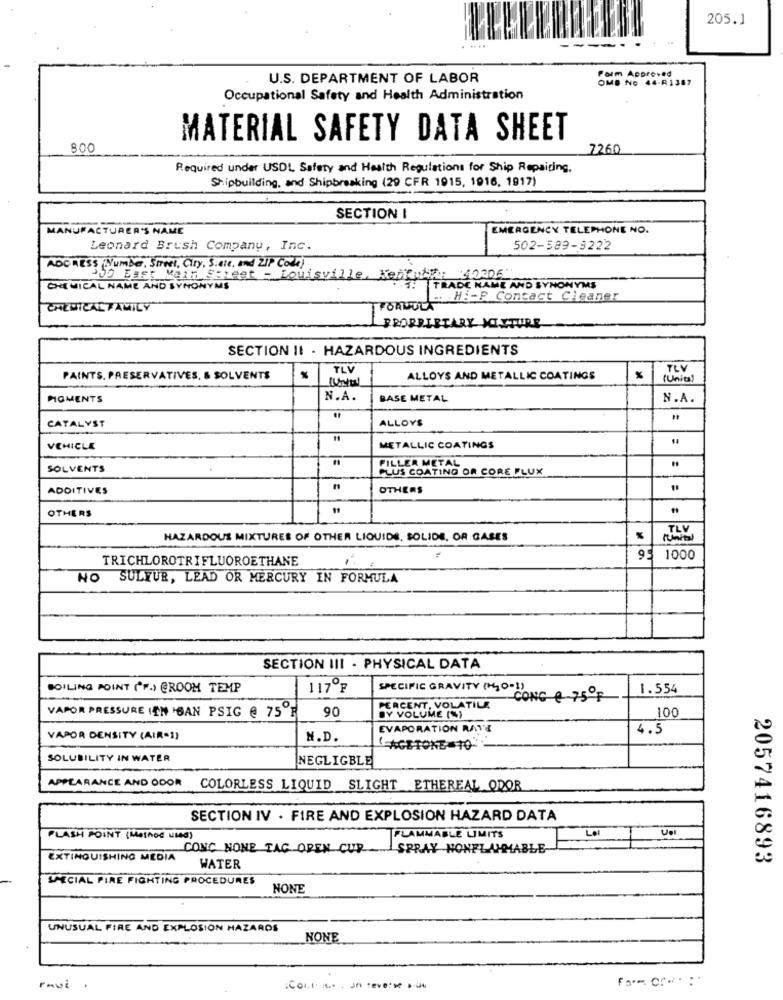
205.1
Form Approved
U.S. DEPARTMENT OF LABOR
OMB NO 44-R1387
Occupational Safety and Health Administration
MATERIAL SAFETY DATA SHEET
800
7260
Required under USDL Safety and Health Regulations for Ship Repairing.
Shipbuilding, and Shipbreaking (29 CFR 1915, 1916, 1917)
SECTION I
MANUFACTURER'S NAME
EMERGENCY TELEPHONE NO.
Leonard Brush Company, Inc.
502-589-8222
ADDRESS (Numbe, Street, Ciry, S.ale, and ZIP Code)
200 East Main Street - Louisville, KepRuby: 40206
CHEMICAL NAME AND SYNONYMS
TRADE NAME AND SYNONYMS
.. . Hi-P Contact Cleaner
CHEMICAL FAMILY
FORMULA
PROPRIETARY MIXTURE
SECTION II - HAZARDOUS INGREDIENTS
TLV
TLV
PAINTS. PRESERVATIVES, & SOLVENTS
ALLOYS AND METALLIC COATINGS
(Units)
PIGMENTS
N.A.
BASE METAL
N.A.
CATALYST
ALLOYS
VEHICLE
METALLIC COATINGS
SOLVENTS
FILLER METAL
PLUS COATING OR CORE FLUX
ADDITIVES
OTHERS
OTHERS
HAZARDOUS MIXTURES OF OTHER LIQUIDS, SOLIDS, OR GASES
Minital
TRICHLOROTRIFLUOROETHANE
93 1000
NO
SULYUR, LEAD OR MERCURY IN FORMULA
SECTION III - PHYSICAL DATA
BOILING POINT (F.) @ROOM TEMP
117ºF
SPECIFIC GRAVITY (H10-1)
1.554
-CONC € 75ºF
VAPOR PRESSURE (IN BAN PSIG @ 75 F
90
PERCENT, VOLATILE
100
BY VOLUME (S)
EVAPORATION RAT'S
4.5
VAPOR DENSITY (AIR-1)
N.D.
( ACETONE TO
SOLUBILITY IN WATER
NEGLIGBLE
APPEARANCE AND ODOR
COLORLESS LIQUID SLIGHT ETHEREAL ODOR
SECTION IV . FIRE AND EXPLOSION HAZARD DATA
Uel
FLASH POINT (Method Used)
FLAMMABLE LIMITS
CONC NONE TAG OPEN CUP
SPRAY NONFLAMMABLE
EXTINGUISHING MEDIA
2057416893
WATER
SPECIAL FIRE FIGHTING PROCEDURES
NONE
UNUSUAL FIRE AND EXPLOSION HAZARDS
NONE